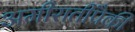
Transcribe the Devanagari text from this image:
अमीरातींपैकी